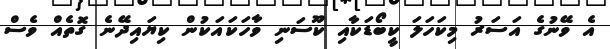
އެ ވޭނުގެ އަސަރު މިކަހަލަ ކީބޯޑަކާއި ކޫސަނި ވާހަކައަކުން ކިޔައިދޭނެ ގޮތެއް ވެސް